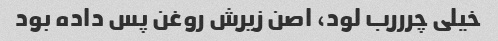
خیلی چرررب لود، اصن زیرش روغن پس داده بود